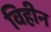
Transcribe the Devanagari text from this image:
विहीन